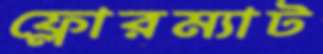
ফ্লোরম্যাট